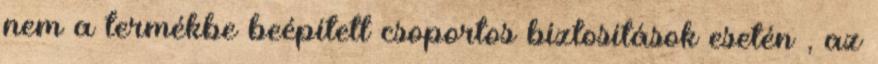
nem a termékbe beépített csoportos biztosítások esetén , az